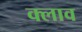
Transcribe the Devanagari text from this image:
क्लाव